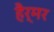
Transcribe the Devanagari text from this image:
हैर्मर